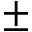
\pm